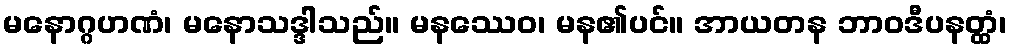
မနောဂ္ဂဟဏံ၊ မနောသဒ္ဒါသည်။ မနဿေဝ၊ မန၏ပင်။ အာယတန ဘာဝဒီပနတ္ထံ၊